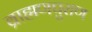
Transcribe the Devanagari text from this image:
ब्राह्मणपुराण